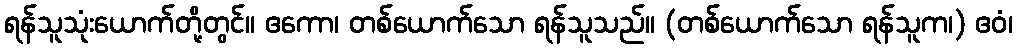
ရန်သူသုံးယောက်တို့တွင်။ ဧကော၊ တစ်ယောက်သော ရန်သူသည်။ (တစ်ယောက်သော ရန်သူက၊) ဧဝံ၊